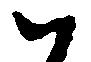
ハ